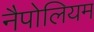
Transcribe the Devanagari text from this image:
नैपोलियम